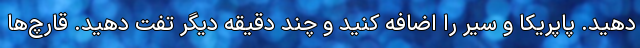
دهید. پاپریکا و سیر را اضافه کنید و چند دقیقه دیگر تفت دهید. قارچ‌ها